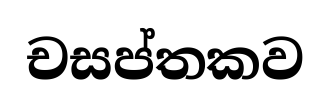
චසප්තකව